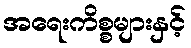
အရေးကိစ္စများနှင့်